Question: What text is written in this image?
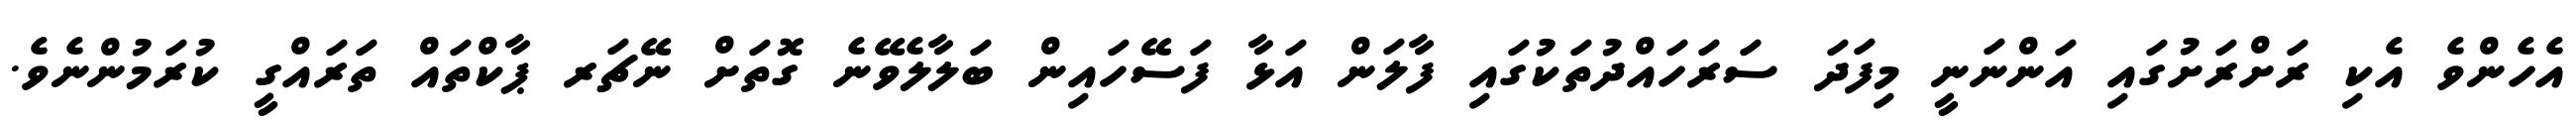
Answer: އެހެންވެ އެކި ރަށްރަށުގައި އަންނަނީ މިފަދަ ސަރަހައްދުތަކުގައި ފާލަން އަޅާ ފަސޭހައިން ބަލާލެވޭނެ ގޮތަށް ނޭޗަރ ޕާކްތައް ތަރައްގީ ކުރަމުންނެވެ.